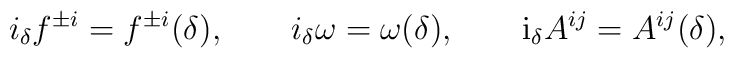
i_{\delta} f^{\pm i} = f^{\pm i} (\delta ), \qquad i_{\delta}  \omega = \omega (\delta ), \qquad{\rm i}_{\delta} A^{ij} =  A^{ij}(\delta ) ,